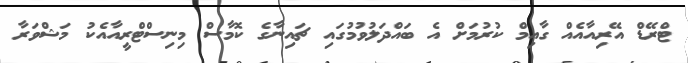
ޓްރޭޑް އޭރިއާއެއް ގާއިމް ކުރުމަށް އެ ބައްދަލުވުމުގައި ޗައިނާގެ ކޮމާސް މިނިސްޓްރީއާއެކު މަޝްވަރާ